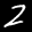
Label: 2